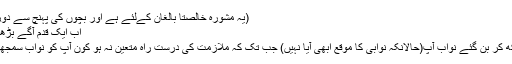
(یہ مشورہ خالصتاً بالغان کےلئے ہے اور بچوں کی پہنچ سے دور ہے)
اب ایک قدم آگے بڑھایئیے:
پڑھ لکھ کر بن گئے نواب آپ(حالانکہ نوابی کا موقع ابھی آیا نہیں) جب تک کہ ملازمت کی دُرست راہ متعین نہ ہو کون آپ کو نواب سمجھے گا؟